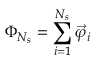
\Phi _ { N _ { s } } = \sum _ { i = 1 } ^ { N _ { s } } \vec { \varphi } _ { i }